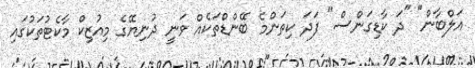
އަލްބާން" "ދަ ކާޑިގަންސް" ފަދަ ކިތަންމެ ބޭންޑްތަކެއް ވަނީ ދުނިޔޭގެ މިއުޒިކް މާކެޓުތަކުގައި